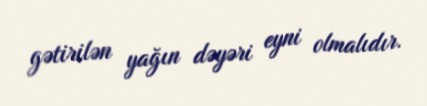
gətirilən yağın dəyəri eyni olmalıdır.